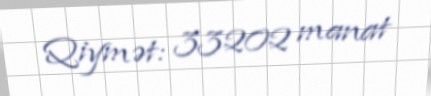
Qiymət: 33202 manat